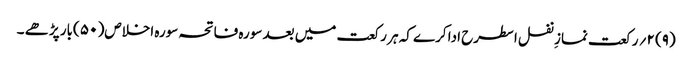
(۹) ۲؍ رکعت نمازِ نفل اسطرح ادا کرے کہ ہر رکعت میں بعد سورہ فاتحہ سورہ اخلاص( ۵۰ )بار پڑھے ۔